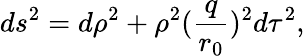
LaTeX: ds^{2}=d\rho^{2}+\rho^{2}(\frac{q}{r_{0}})^{2}d\tau^{2},